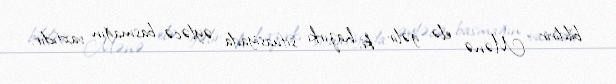
bildirir: “Mənə elə gəlir ki, hazırkı situasiyada əyləcə basmağın vaxtıdır.